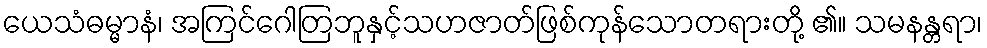
ယေသံဓမ္မာနံ၊ အကြင်ဂေါတြဘူနှင့်သဟဇာတ်ဖြစ်ကုန်သောတရားတို့ ၏။ သမနန္တရာ၊